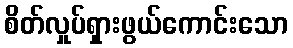
စိတ်လှုပ်ရှားဖွယ်ကောင်းသော